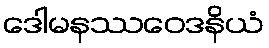
ဒေါမနဿဝေဒနိယံ